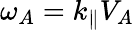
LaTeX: \omega_{A}=k_{\parallel}V_{A}